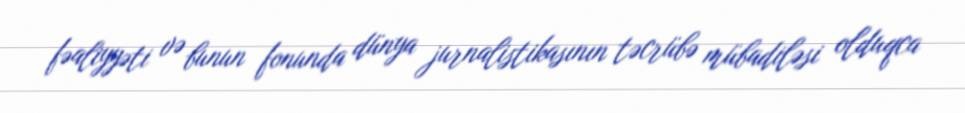
fəaliyyəti və bunun fonunda dünya jurnalistikasının təcrübə mübadiləsi olduqca